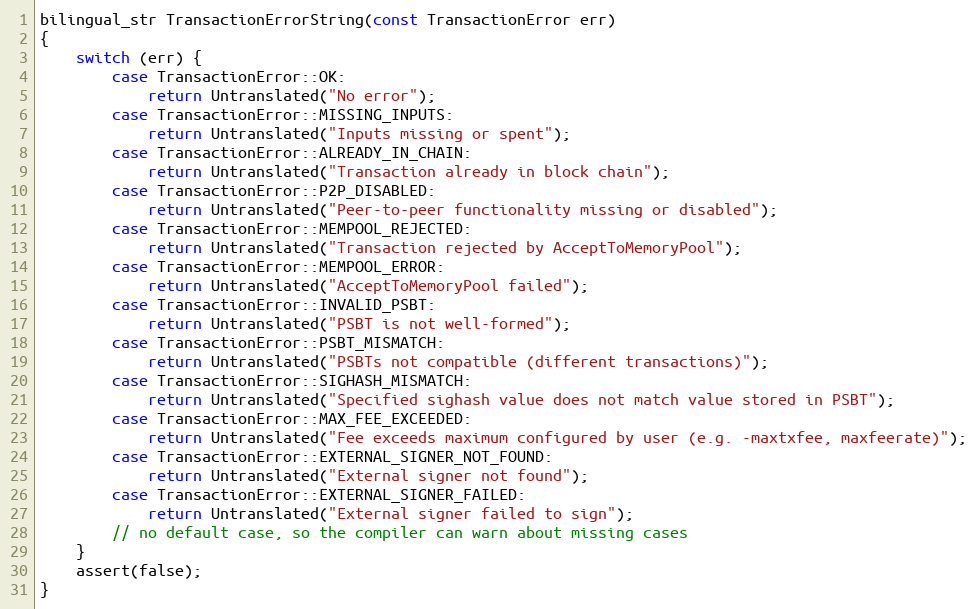
Language: C++
bilingual_str TransactionErrorString(const TransactionError err)
{
    switch (err) {
        case TransactionError::OK:
            return Untranslated("No error");
        case TransactionError::MISSING_INPUTS:
            return Untranslated("Inputs missing or spent");
        case TransactionError::ALREADY_IN_CHAIN:
            return Untranslated("Transaction already in block chain");
        case TransactionError::P2P_DISABLED:
            return Untranslated("Peer-to-peer functionality missing or disabled");
        case TransactionError::MEMPOOL_REJECTED:
            return Untranslated("Transaction rejected by AcceptToMemoryPool");
        case TransactionError::MEMPOOL_ERROR:
            return Untranslated("AcceptToMemoryPool failed");
        case TransactionError::INVALID_PSBT:
            return Untranslated("PSBT is not well-formed");
        case TransactionError::PSBT_MISMATCH:
            return Untranslated("PSBTs not compatible (different transactions)");
        case TransactionError::SIGHASH_MISMATCH:
            return Untranslated("Specified sighash value does not match value stored in PSBT");
        case TransactionError::MAX_FEE_EXCEEDED:
            return Untranslated("Fee exceeds maximum configured by user (e.g. -maxtxfee, maxfeerate)");
        case TransactionError::EXTERNAL_SIGNER_NOT_FOUND:
            return Untranslated("External signer not found");
        case TransactionError::EXTERNAL_SIGNER_FAILED:
            return Untranslated("External signer failed to sign");
        // no default case, so the compiler can warn about missing cases
    }
    assert(false);
}